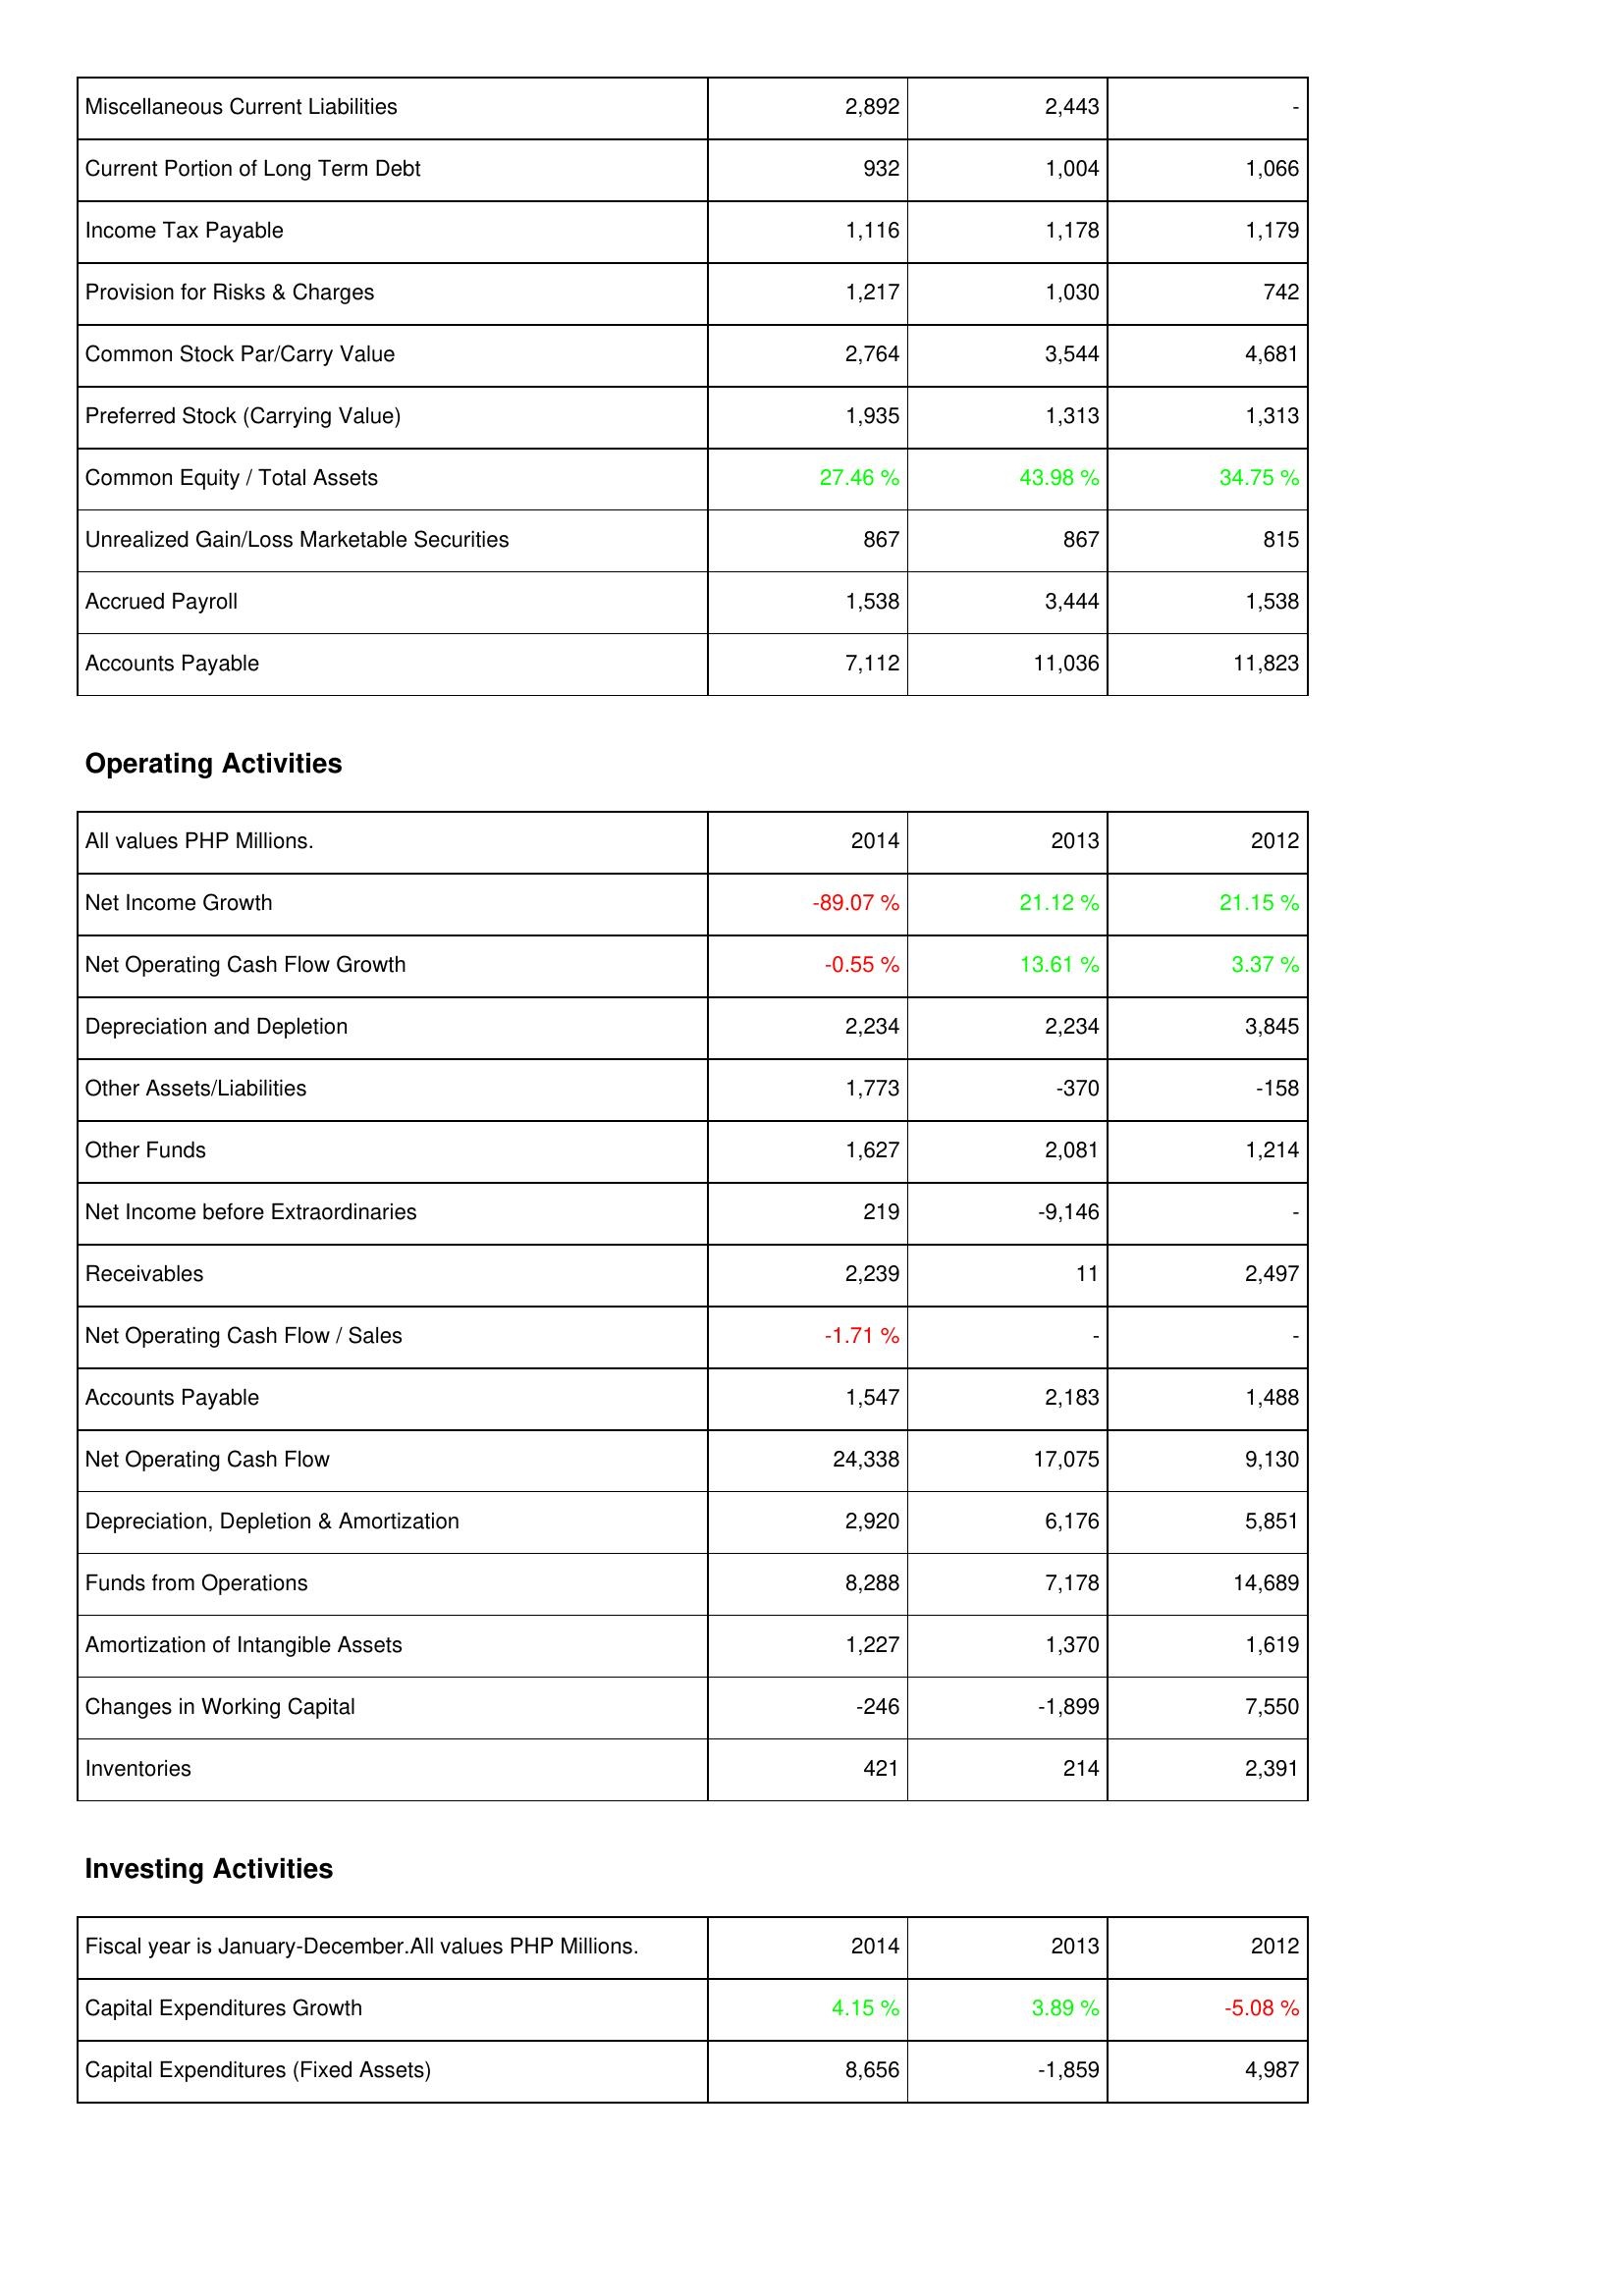
2014: Liabilities & Shareholders' Equity: Miscellaneous Current Liabilities: 2,892
Current Portion of Long Term Debt: 932
Income Tax Payable: 1,116
Provision for Risks & Charges: 1,217
Common Stock Par/Carry Value: 2,764
Preferred Stock (Carrying Value): 1,935
Common Equity / Total Assets: 27.46 %
Unrealized Gain/Loss Marketable Securities: 867
Accrued Payroll: 1,538
Accounts Payable: 7,112
Operating Activities: Net Income Growth: -89.07 %
Net Operating Cash Flow Growth: -0.55 %
Depreciation and Depletion: 2,234
Other Assets/Liabilities: 1,773
Other Funds: 1,627
Net Income before Extraordinaries: 219
Receivables: 2,239
Net Operating Cash Flow / Sales: -1.71 %
Accounts Payable: 1,547
Net Operating Cash Flow: 24,338
Depreciation, Depletion & Amortization: 2,920
Funds from Operations: 8,288
Amortization of Intangible Assets: 1,227
Changes in Working Capital: -246
Inventories: 421
Investing Activities: Capital Expenditures Growth: 4.15 %
Capital Expenditures (Fixed Assets): 8,656
2013: Liabilities & Shareholders' Equity: Miscellaneous Current Liabilities: 2,443
Current Portion of Long Term Debt: 1,004
Income Tax Payable: 1,178
Provision for Risks & Charges: 1,030
Common Stock Par/Carry Value: 3,544
Preferred Stock (Carrying Value): 1,313
Common Equity / Total Assets: 43.98 %
Unrealized Gain/Loss Marketable Securities: 867
Accrued Payroll: 3,444
Accounts Payable: 11,036
Operating Activities: Net Income Growth: 21.12 %
Net Operating Cash Flow Growth: 13.61 %
Depreciation and Depletion: 2,234
Other Assets/Liabilities: -370
Other Funds: 2,081
Net Income before Extraordinaries: -9,146
Receivables: 11
Net Operating Cash Flow / Sales: -
Accounts Payable: 2,183
Net Operating Cash Flow: 17,075
Depreciation, Depletion & Amortization: 6,176
Funds from Operations: 7,178
Amortization of Intangible Assets: 1,370
Changes in Working Capital: -1,899
Inventories: 214
Investing Activities: Capital Expenditures Growth: 3.89 %
Capital Expenditures (Fixed Assets): -1,859
2012: Liabilities & Shareholders' Equity: Miscellaneous Current Liabilities: -
Current Portion of Long Term Debt: 1,066
Income Tax Payable: 1,179
Provision for Risks & Charges: 742
Common Stock Par/Carry Value: 4,681
Preferred Stock (Carrying Value): 1,313
Common Equity / Total Assets: 34.75 %
Unrealized Gain/Loss Marketable Securities: 815
Accrued Payroll: 1,538
Accounts Payable: 11,823
Operating Activities: Net Income Growth: 21.15 %
Net Operating Cash Flow Growth: 3.37 %
Depreciation and Depletion: 3,845
Other Assets/Liabilities: -158
Other Funds: 1,214
Net Income before Extraordinaries: -
Receivables: 2,497
Net Operating Cash Flow / Sales: -
Accounts Payable: 1,488
Net Operating Cash Flow: 9,130
Depreciation, Depletion & Amortization: 5,851
Funds from Operations: 14,689
Amortization of Intangible Assets: 1,619
Changes in Working Capital: 7,550
Inventories: 2,391
Investing Activities: Capital Expenditures Growth: -5.08 %
Capital Expenditures (Fixed Assets): 4,987